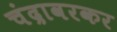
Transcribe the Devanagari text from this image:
चंद्रावरकर